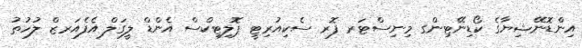
އިންޑޮނޭޝިޔާގެ ކޯޑިނޭޓިންގ މިނިސްޓަރ ފޮރ ސެކިއުރިޓީ ޕޮލިޓިކްސް އެންޑް ލީގަލް އެފެއަރޒް ލުހުތު